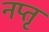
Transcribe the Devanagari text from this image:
नप्तृ